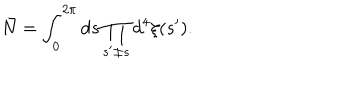
LaTeX: \bar { N } = \int _ { 0 } ^ { 2 \pi } d s \prod _ { s ^ { \prime } \neq s } d ^ { 4 } \xi ( s ^ { \prime } ) .